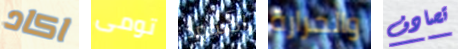
اكاد تومى الأسود والحرارة تصادف